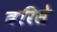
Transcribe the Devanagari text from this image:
बरिसे